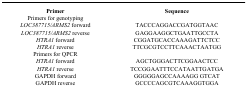
<table><thead><tr><td><b>Primer</b></td><td><b>Sequence</b></td></tr></thead><tbody><tr><td colspan="2">Primers for genotyping</td></tr><tr><td><i>LOC387715/ARMS2 </i>forward</td><td>TACCCAGGACCGATGGTAAC</td></tr><tr><td><i>LOC387715/ARMS2 </i>reverse</td><td>GAGGAAGGCTGAATTGCCTA</td></tr><tr><td><i>HTRA1</i> forward</td><td>CGGATGCACCAAAGATTCTCC</td></tr><tr><td><i>HTRA1</i> reverse</td><td>TTCGCGTCCTTCAAACTAATGG</td></tr><tr><td colspan="2">Primers for QPCR</td></tr><tr><td><i>HTRA1</i> forward</td><td>AGCTGGGACTTCGGAACTCC</td></tr><tr><td><i>HTRA1</i> reverse</td><td>TCCGGAATTTCCATAATTGATGA</td></tr><tr><td>GAPDH forward</td><td>GGGGGAGCCAAAAGG GTCAT</td></tr><tr><td>GAPDH reverse</td><td>GCCCCAGCGTCAAAGGTGGA</td></tr></tbody></table>